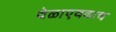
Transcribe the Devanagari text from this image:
वेळाएवढाच